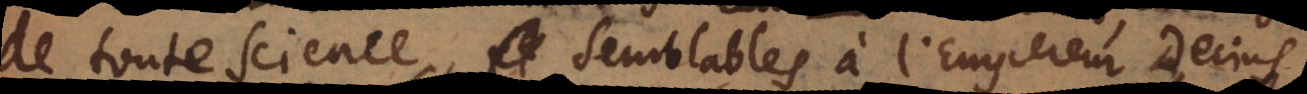
de toute science, semblables à l’Empereur Decius